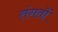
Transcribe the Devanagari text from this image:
तंगतों